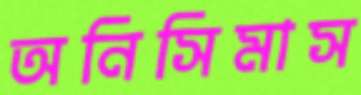
অনিসিমাস